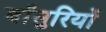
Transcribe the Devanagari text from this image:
बाँसुरियों